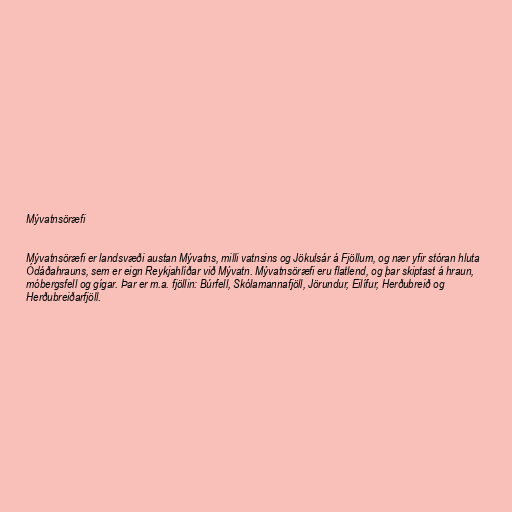
Mývatnsöræfi

Mývatnsöræfi er landsvæði austan Mývatns, milli vatnsins og Jökulsár á Fjöllum, og nær yfir stóran hluta
Ódáðahrauns, sem er eign Reykjahlíðar við Mývatn. Mývatnsöræfi eru flatlend, og þar skiptast á hraun,
móbergsfell og gígar. Þar er m.a. fjöllin: Búrfell, Skólamannafjöll, Jörundur, Eilífur, Herðubreið og
Herðubreiðarfjöll.